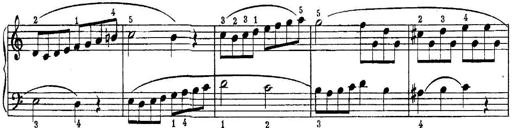
Title: Piano Sonatina No.1 in C major
Composer: Tadeusz Joteyko
Key: C major